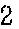
2